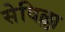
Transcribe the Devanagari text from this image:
सेविल्ला